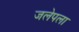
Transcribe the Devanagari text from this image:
जलेपला